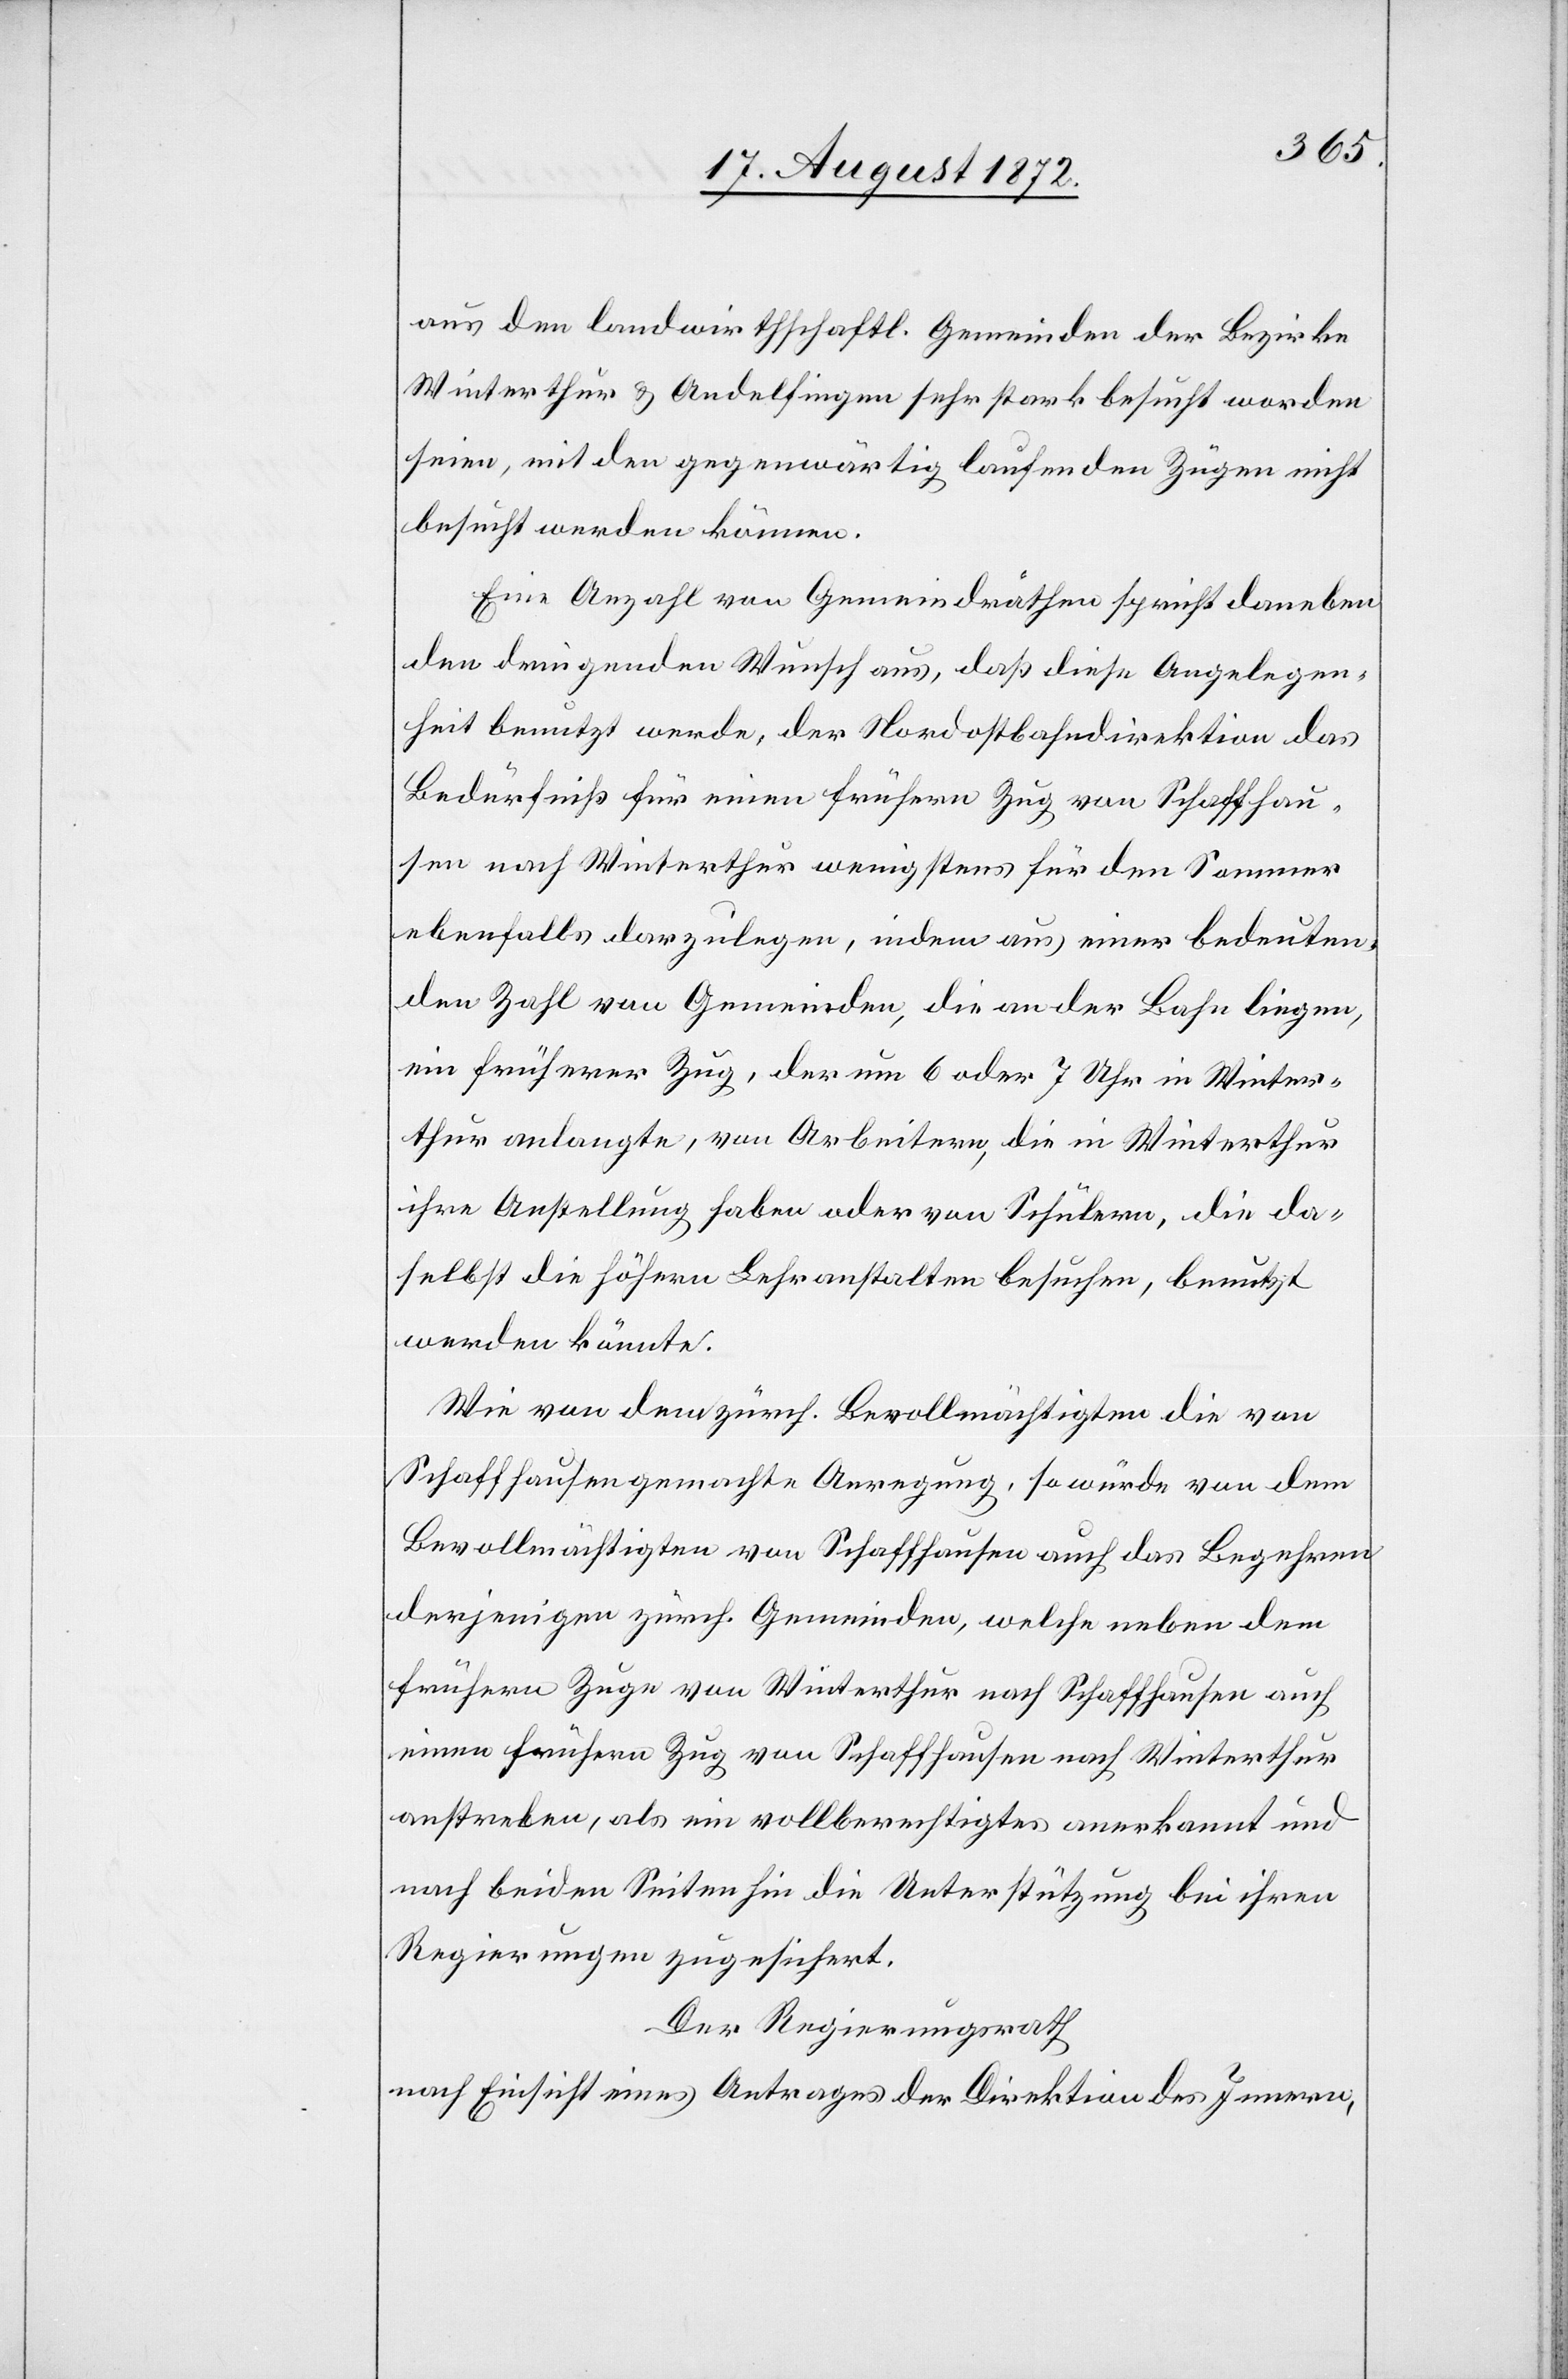
aus den landwirthschaftl. Gemeinden der Bezirke
Winterthur u. Andelfingen sehr stark besucht worden
seien, mit den gegenwärtig laufenden Zügen nicht
besucht werden können.
Eine Anzahl von Gemeindräthen spricht daneben
den dringenden Wunsch aus, daß diese Angelegen¬
heit benutzt werde, der Nordostbahndirektion das
Bedürfniß für einen frühern Zug von Schaffhau¬
sen nach Winterthur wenigstens für den Sommer
ebenfalls darzulegen, indem aus einer bedeuten¬
den Zahl von Gemeinden, die an der Bahn liegen,
ein früherer Zug, der um 6 oder 7 Uhr in Winter¬
thur anlangte, von Arbeitern die in Winterthur
ihre Anstellung haben oder von Schülern, die da¬
selbst die höhern Lehranstalten besuchen, benutzt
werden könnte.
Wie von dem zürch. Bevollmächtigten die von
Schaffhausen gemachte Anregung, so würde von dem
Bevollmächtigten von Schaffhausen auch das Begehren
derjenigen zürch. Gemeinden, welche neben dem
frühern Zuge von Winterthur nach Schaffhausen auch
einen frühern Zug von Schaffhausen nach Winterthur
anstreben, als ein vollberechtigtes anerkannt und
nach beiden Seiten hin die Unterstützung bei ihren
Regierungen zugesichert.
Der Regierungsrath
nach Einsicht eines Antrages der Direktion des Innern,